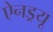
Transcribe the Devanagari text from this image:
ऐनड्रयू